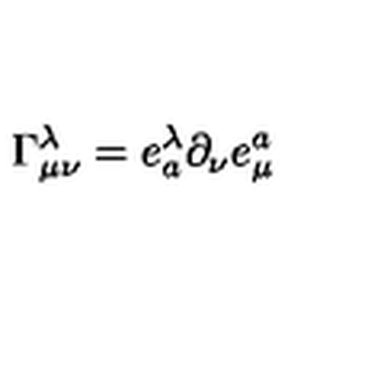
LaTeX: \Gamma _ { \mu \nu } ^ { \lambda } = e _ { a } ^ { \lambda } \partial _ { \nu } e _ { \mu } ^ { a }